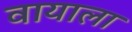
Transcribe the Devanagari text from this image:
वायाला